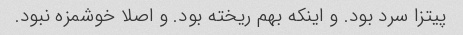
پیتزا سرد بود. و اینکه بهم ریخته بود. و اصلا خوشمزه نبود.